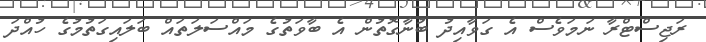
ރަޖިސްޓްރާ ނަމަވެސް އެ ގަވާއިދު ބުނާގޮތުން އެ ބާވަތުގެ މައްސަލަތައް ބަލައިގަތުމުގެ ހުއްދަ